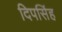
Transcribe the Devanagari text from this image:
दिपसिंह